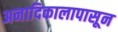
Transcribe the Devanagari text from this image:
अनादिकालापासून